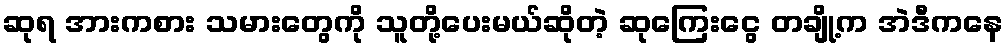
ဆုရ အားကစား သမားတွေကို သူတို့ပေးမယ်ဆိုတဲ့ ဆုကြေးငွေ တချို့က အဲဒီကနေ